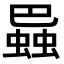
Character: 𧎱